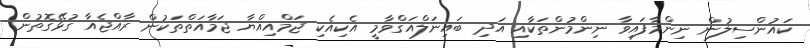
ކައުންސިލުން ނިންމާފައިވާ ނިންމުންތަކާއި އަދި ބައިނަލްއަގްވާމީ އެކިއެކި ޖަމްއިއްޔާ ޖަމާއަތްތަކުން ރާއްޖެއާ ގުޅޭގޮތުން